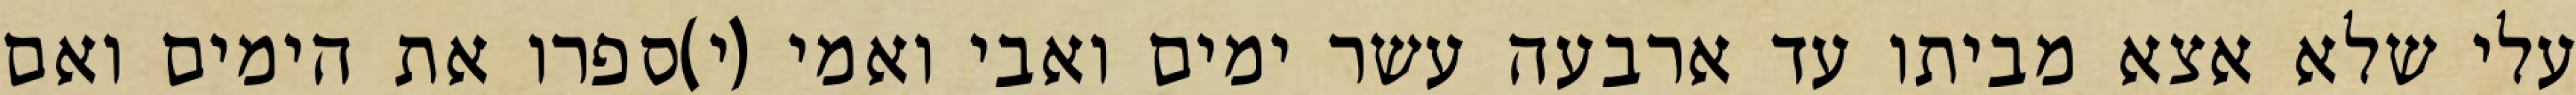
עלי שלא אצא מביתו עד ארבעה עשר ימים ואבי ואמי (י)ספרו את הימים ואם